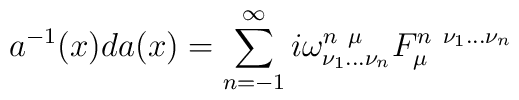
a^{-1}(x)da(x)=\sum^{\infty}_{n=-1}i\omega^{n\ \mu}_{\nu_{1}\dots\nu_{n}}F_{\mu}^{n\ \nu_{1}\dots\nu_{n}}